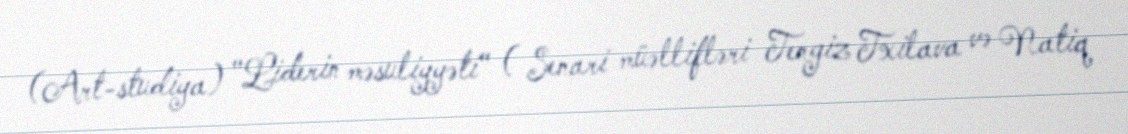
(Art-studiya) "Liderin məsuliyyəti" ( Senari müəllifləri Tengiz Txilava və Natiq